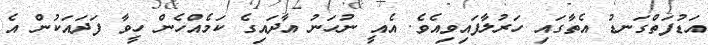
އަޑުފަތްގަނޑު އެތާގައި ހަރުލާފައިވިއެވެ. އެއީ ނުހަނު އާދައިގެ ކަމެއްހެން ހީވާ ފަދައަކުން އެ